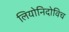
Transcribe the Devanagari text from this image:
लियोनिदोविच